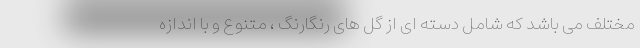
مختلف می باشد که شامل دسته ای از گل های رنگارنگ ، متنوع و با اندازه